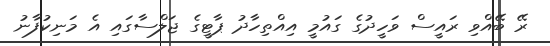
ރޭ ބޭއްވި ރައީސް ވަހީދުގެ ގައުމީ އިއްތިހާދު ޕާޓީގެ ޖަލްސާގައި އެ މަނިކުފާނު